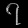
Digit: ၇